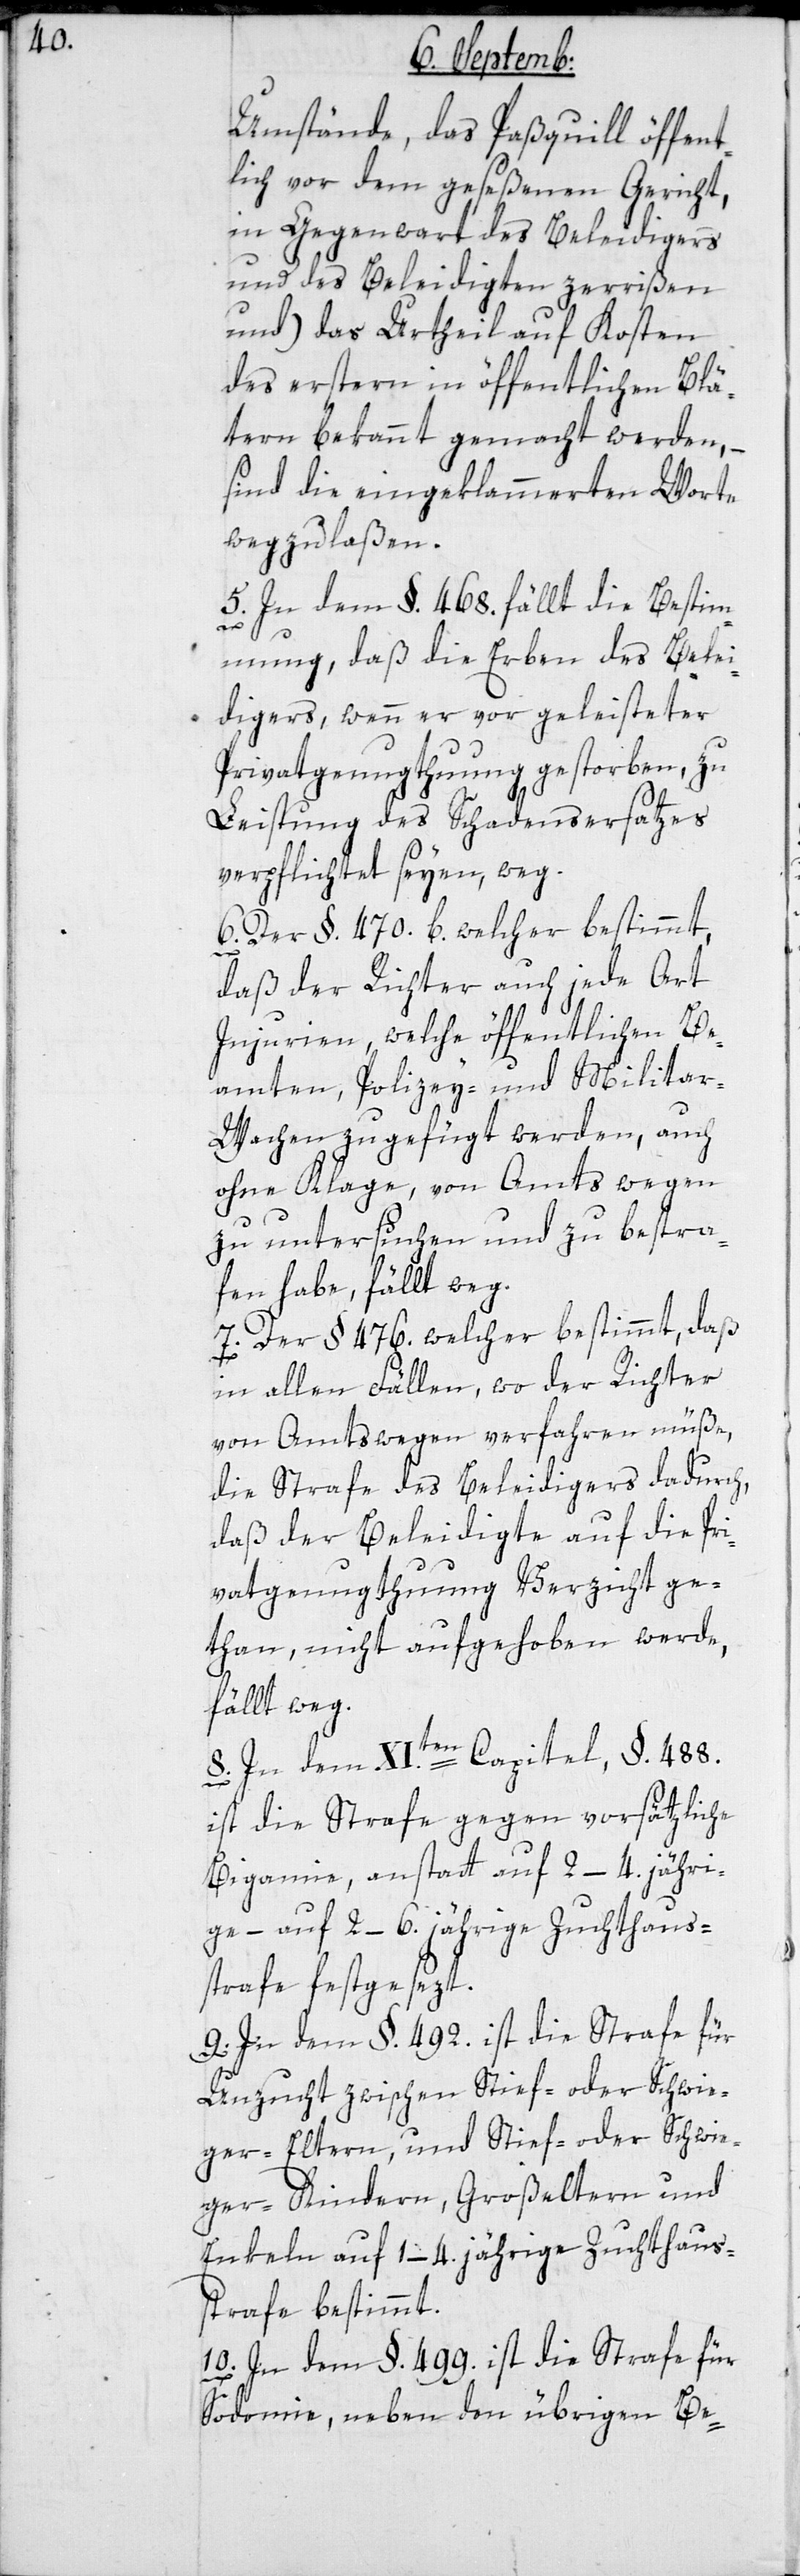
Umstände, das Paßquill öffent¬
lich vor dem geseßenen Gericht,
in Gegenwart des Beleidigers
und des Beleidigten zerrißen
und) das Urtheil auf Kosten
des erstern in öffentlichen Blät¬
tern bekannt gemacht werden, –
sind die eingeklammerten Worte
wegzulaßen.
5. In dem §. 468. fällt die Bestim¬
mung, daß die Erben des Belei¬
digers, wenn er vor geleisteter
Privatgenugthuung gestorben, zu
Leistung des Schadensersatzes
verpflichtet seyen, weg.
6. Der §. 476. b. welcher bestimmt,
daß der Richter auch jede Art
Injurien, welche öffentlichen Be¬
amten, Polizey- und Milita¬
r-Wachen zugefügt werden, auch
ohne Klage, von Amts wegen
zu untersuchen und zu bestra¬
fen habe, fällt weg.
7. Der §. 476. welcher bestimmt, daß
in allen Fällen, wo der Richter
von Amtswegen verfahren müße,
die Strafe des Beleidigers dadurch,
daß der Beleidigte auf die Pri¬
vatgenugthuung Verzicht ge¬
than, nicht aufgehoben werde,
fällt weg.
8. In dem XIten Capitel, §. 488.
ist die Strafe gegen vorsätzliche
Bigamie, anstatt auf 2.–4. jähri¬
ge, – auf 2.–6. jährige Zuchthaus¬
strafe festgesezt.
9. In dem §. 492. ist die Strafe für
Unzucht zwischen Stief- oder Schwie¬
ger-Eltern, und Stief- oder Schwie¬
ger-Kindern, Großeltern und
Enkeln auf 1.–4. jährige Zuchthaus¬
strafe bestimmt.
10. In dem §. 499. ist die Strafe für
Sodomie neben den übrigen Be-